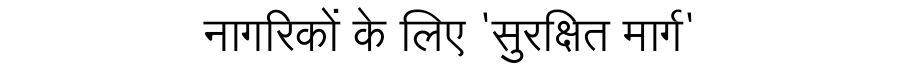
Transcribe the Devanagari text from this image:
नागरिकों के लिए 'सुरक्षित मार्ग'